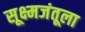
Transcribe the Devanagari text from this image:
सूक्ष्मजंतूला